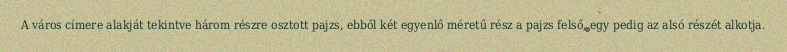
A város címere alakját tekintve három részre osztott pajzs, ebből két egyenlő méretű rész a pajzs felső, egy pedig az alsó részét alkotja.